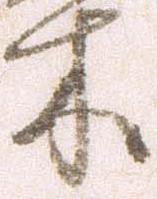
木